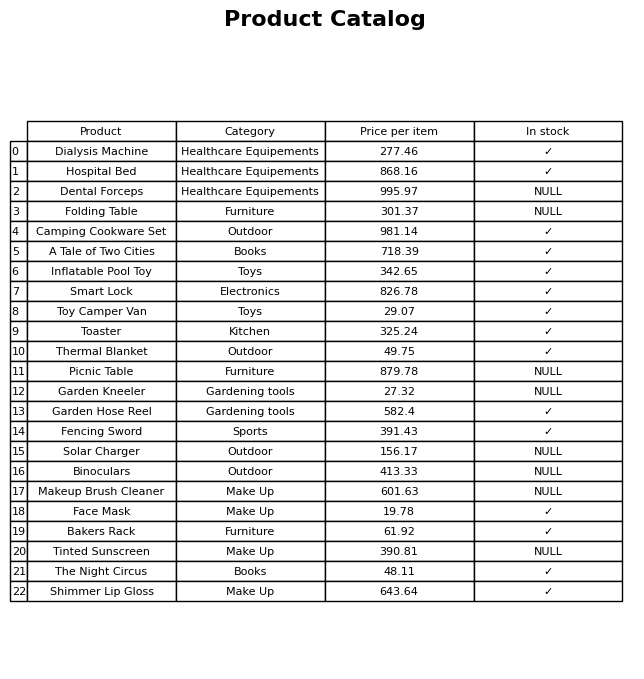
question: What is the price of the Fencing Sword?
answer: The price of Fencing Sword is 391.43.